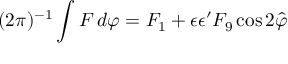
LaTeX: ( 2 \pi ) ^ { - 1 } \int F \, d \varphi = F _ { 1 } + \epsilon \epsilon ^ { \prime } F _ { 9 } \cos 2 \hat { \varphi }